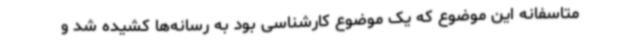
متاسفانه این موضوع که یک موضوع کارشناسی بود به رسانه‌ها کشیده شد و